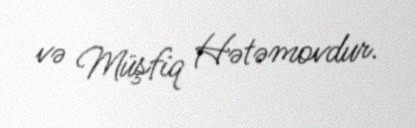
və Müşfiq Hətəmovdur.